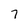
Character: 7